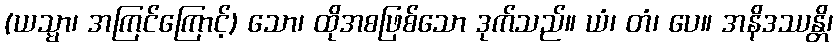
(ယသ္မာ၊ အကြင်ကြောင့်) သော၊ ထိုအစဖြစ်သော ဒုက်သည်။ ယံ၊ တံ၊ ပေ။ အနိဒဿန္တိ၊